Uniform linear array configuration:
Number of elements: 12
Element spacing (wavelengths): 0.5
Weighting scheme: binomial
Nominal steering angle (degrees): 60
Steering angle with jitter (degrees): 59.534
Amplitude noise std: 0.05
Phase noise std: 0.05

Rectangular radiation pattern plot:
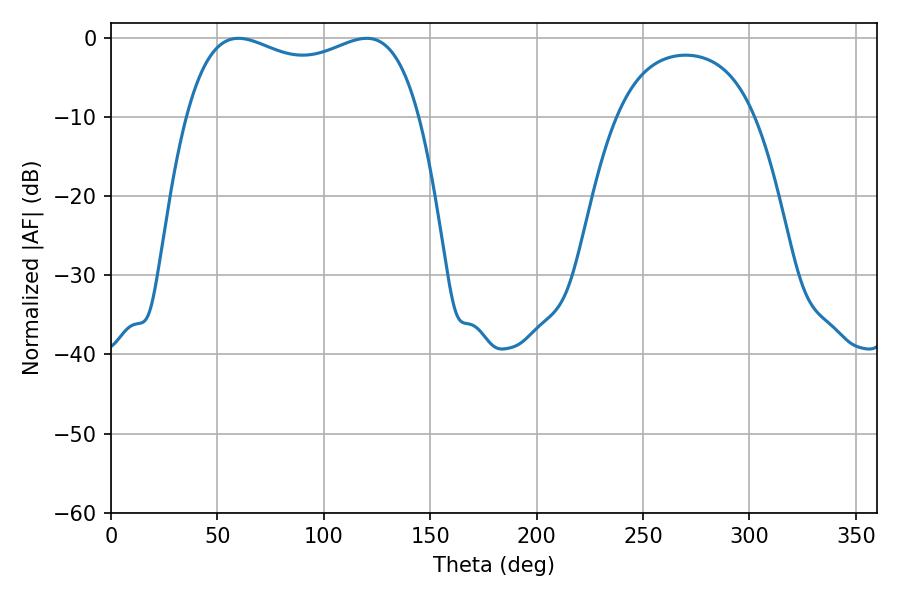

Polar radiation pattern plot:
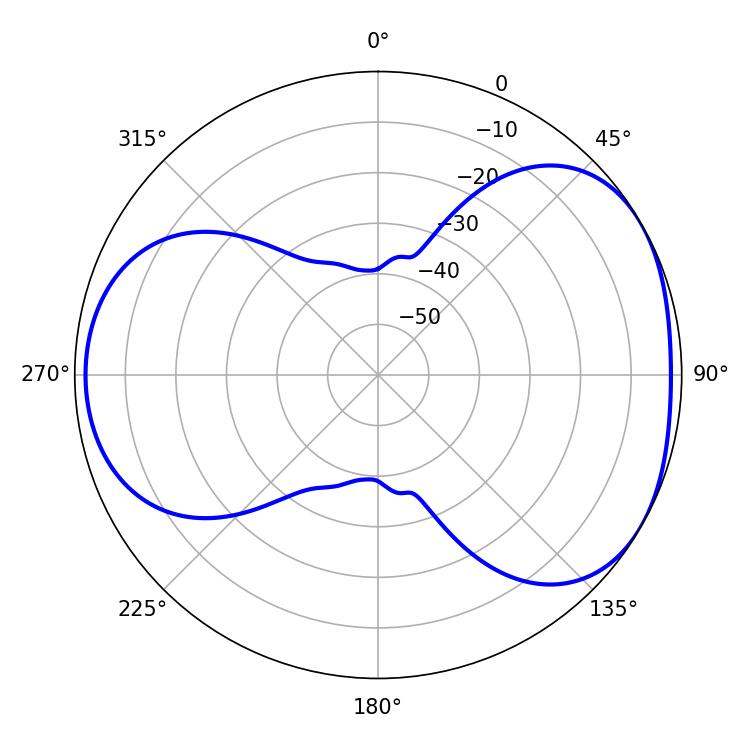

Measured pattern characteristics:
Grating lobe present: FALSE
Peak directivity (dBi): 4.378
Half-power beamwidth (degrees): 90
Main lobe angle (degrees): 59.94